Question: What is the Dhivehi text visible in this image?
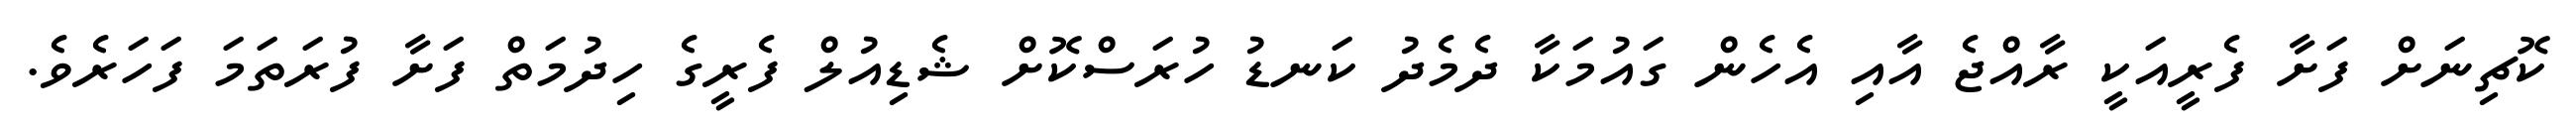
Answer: ކޮޗިނަށް ފަށާ ފެރީއަކީ ރާއްޖެ އާއި އެހެން ގައުމަކާ ދެމެދު ކަނޑު ހުރަސްކޮށް ޝެޑިއުލް ފެރީގެ ހިދުމަތް ފަށާ ފުރަތަމަ ފަހަރެވެ.